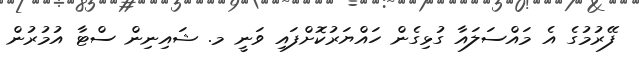
ފޭރުމުގެ އެ މައްސަލައާ ގުޅިގެން ހައްޔަރުކޮށްފައި ވަނީ މ. ޝައިނިން ސްޓާ އުމުރުން